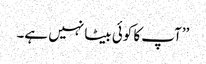
’’آپ کا کوئی بیٹا نہیں ہے۔